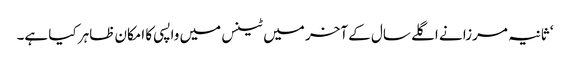
‘ ثانیہ مرزا نے اگلے سال کے آخر میں ٹینس میں واپسی کا امکان ظاہر کیا ہے۔